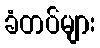
ခံတပ်များ